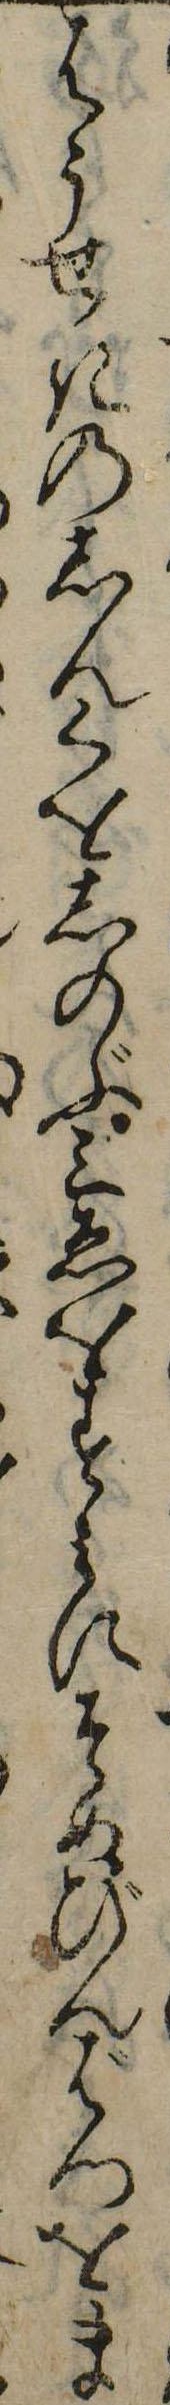
はうせきのしんくをしのぶ三ゑをすみにそめびんばつをま